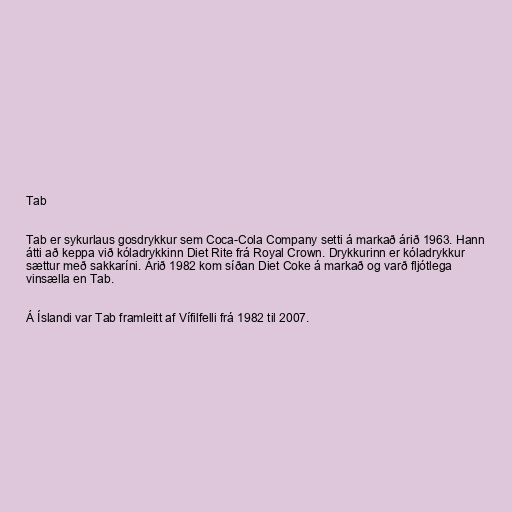
Tab

Tab er sykurlaus gosdrykkur sem Coca-Cola Company setti á markað árið 1963. Hann
átti að keppa við kóladrykkinn Diet Rite frá Royal Crown. Drykkurinn er kóladrykkur
sættur með sakkaríni. Árið 1982 kom síðan Diet Coke á markað og varð fljótlega
vinsælla en Tab.

Á Íslandi var Tab framleitt af Vífilfelli frá 1982 til 2007.